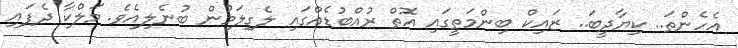
އެހެންތަ.. ކިޔާދީބަ.. ޒައިކް ބިންމަތީގައި އޮތް ރުއްބުޑެއްގައި ލެގިލަމުން ބުނެލިއެވެ. މަލްކާ ދެފައި